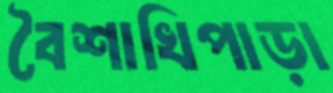
বৈশাখিপাড়া